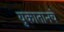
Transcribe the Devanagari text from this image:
युकातानचे